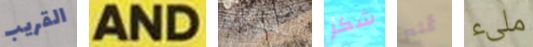
القريب AND العسكري شكر تمنح ملىء